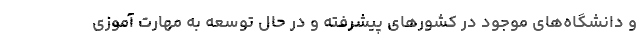
و دانشگاه‌های موجود در کشور‌های پیشرفته و در حال توسعه به مهارت آموزی